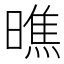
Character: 𭧭